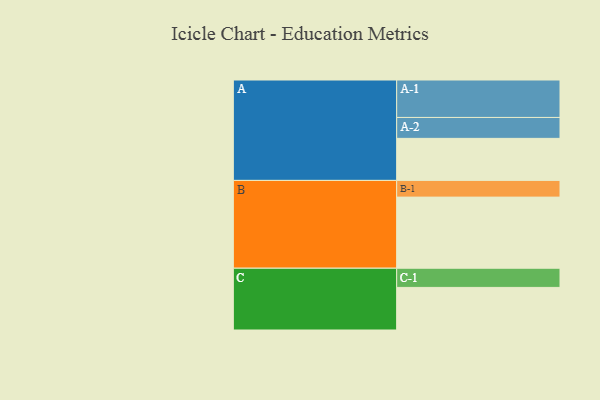
{"axis": {"x": "Segment", "y": "Value"}, "legend": ["", "A", "B", "C"], "data": [{"x": "A", "y": 320, "type": ""}, {"x": "B", "y": 541, "type": ""}, {"x": "C", "y": 324, "type": ""}, {"x": "A-1", "y": 285, "type": "A"}, {"x": "A-2", "y": 159, "type": "A"}, {"x": "B-1", "y": 127, "type": "B"}, {"x": "C-1", "y": 146, "type": "C"}]}